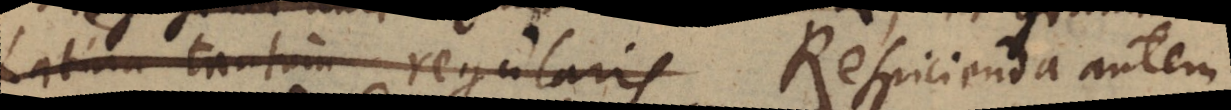
Latina tantum regularis Respicienda autem